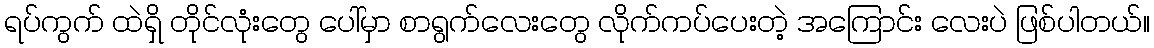
ရပ်ကွက် ထဲရှိ တိုင်လုံးတွေ ပေါ်မှာ စာရွက်လေးတွေ လိုက်ကပ်ပေးတဲ့ အကြောင်း လေးပဲ ဖြစ်ပါတယ်။